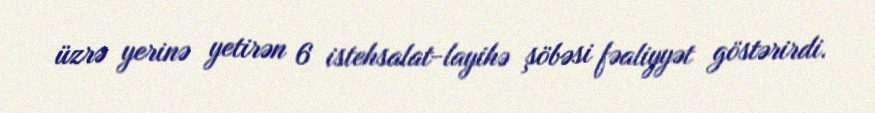
üzrə yerinə yetirən 6 istehsalat-layihə şöbəsi fəaliyyət göstərirdi.